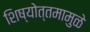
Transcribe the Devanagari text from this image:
शिष्योत्तमामुळे